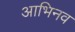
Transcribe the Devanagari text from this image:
आभिनव